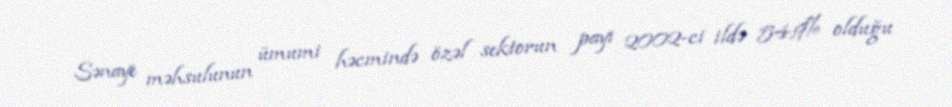
Sənaye məhsulunun ümumi həcmində özəl sektorun payı 2002-ci ildə 54,9% olduğu